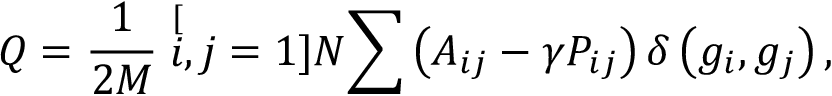
Q = \frac { 1 } { 2 M } \stackrel [ i , j = 1 ] { N } { \sum } \left( A _ { i j } - \gamma P _ { i j } \right) \delta \left( g _ { i } , g _ { j } \right) ,